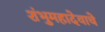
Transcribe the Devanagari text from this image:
शंभुमहादेवाचे